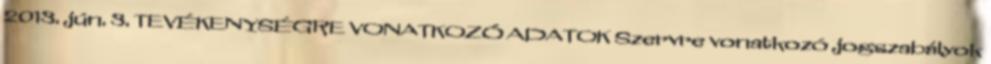
2013. jún. 3. TEVÉKENYSÉGRE VONATKOZÓ ADATOK Szervre vonatkozó jogszabályok